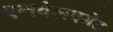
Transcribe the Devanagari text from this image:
एनवेलपमेंट